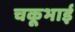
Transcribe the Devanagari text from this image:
चकूभाई